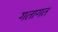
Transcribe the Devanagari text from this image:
गतागत